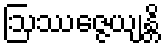
ဩဿဇ္ဇေယျန္တိ